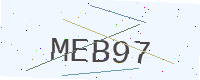
Text: MEB97